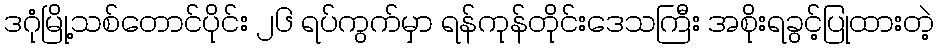
ဒဂုံမြို့သစ်တောင်ပိုင်း ၂၆ ရပ်ကွက်မှာ ရန်ကုန်တိုင်းဒေသကြီး အစိုးရခွင့်ပြုထားတဲ့